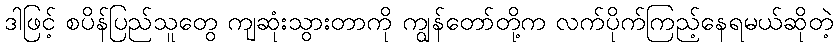
ဒါဖြင့် စပိန်ပြည်သူတွေ ကျဆုံးသွားတာကို ကျွန်တော်တို့က လက်ပိုက်ကြည့်နေရမယ်ဆိုတဲ့